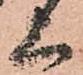
上